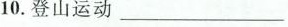
10.登山运动___